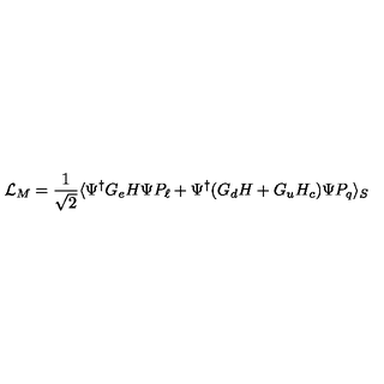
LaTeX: \mathcal { L } _ { M } = \frac { 1 } { \sqrt { 2 } } \langle \Psi ^ { \dagger } G _ { e } H \Psi P _ { \ell } + \Psi ^ { \dagger } ( G _ { d } H + G _ { u } H _ { c } ) \Psi P _ { q } \rangle _ { S }